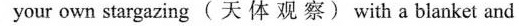
your own stargazing (天 体 观 察) with a blanket and